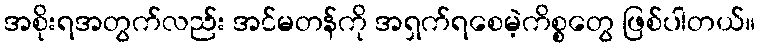
အစိုးရအတွက်လည်း အင်မတန်ကို အရှက်ရစေမဲ့ကိစ္စတွေ ဖြစ်ပါတယ်။